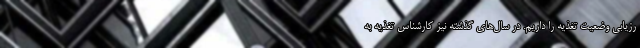
رزیابی وضعیت تغذیه را داریم. در سال‌های گذشته نیز کارشناس تغذیه به